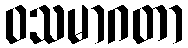
ဝသမာဂတာ